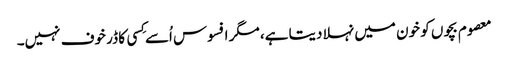
معصوم بچوں کو خون میں نہلا دیتا ہے، مگر افسوس اُسے کِسی کا ڈر خوف نہیں۔